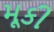
મૂકી